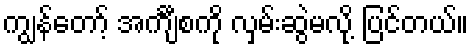
ကျွန်တော့် အင်္ကျီစကို လှမ်းဆွဲမလို့ ပြင်တယ်။